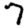
Digit: 7